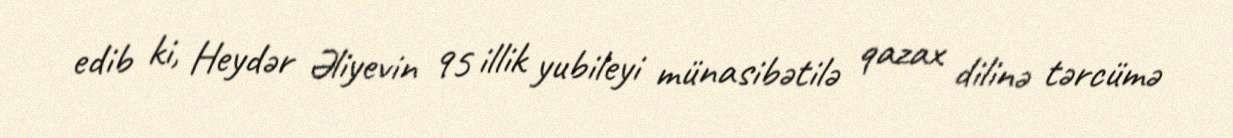
edib ki, Heydər Əliyevin 95 illik yubileyi münasibətilə qazax dilinə tərcümə